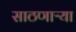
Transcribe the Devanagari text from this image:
साठणाऱ्या